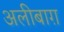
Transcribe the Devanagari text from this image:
अलीबाग़